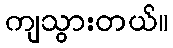
ကျသွားတယ်။